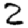
Digit: 2